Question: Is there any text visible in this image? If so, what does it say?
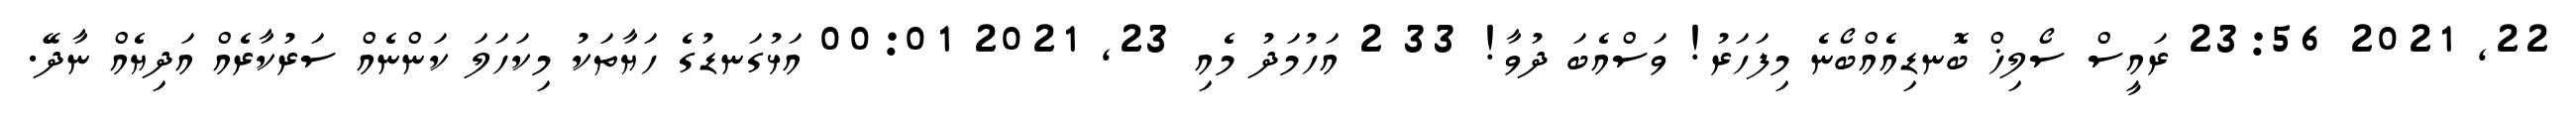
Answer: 22, 2021 23:56 ރައީސް ސޯލިޚް ބޮނޑިއެއްބޯނެ މިފަހަރު! ވަސްއެބަ ދުވާ! 33 2 އަހުމަދު މެއި 23, 2021 00:01 އަޅުގަނޑުގެ ހަޔާތަކު މިކަހަލަ ކަންނެއް ސަރުކާރެއް އަދިޔެއް ނާދޭ.